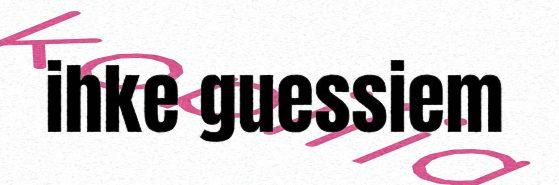
ihke guessiem